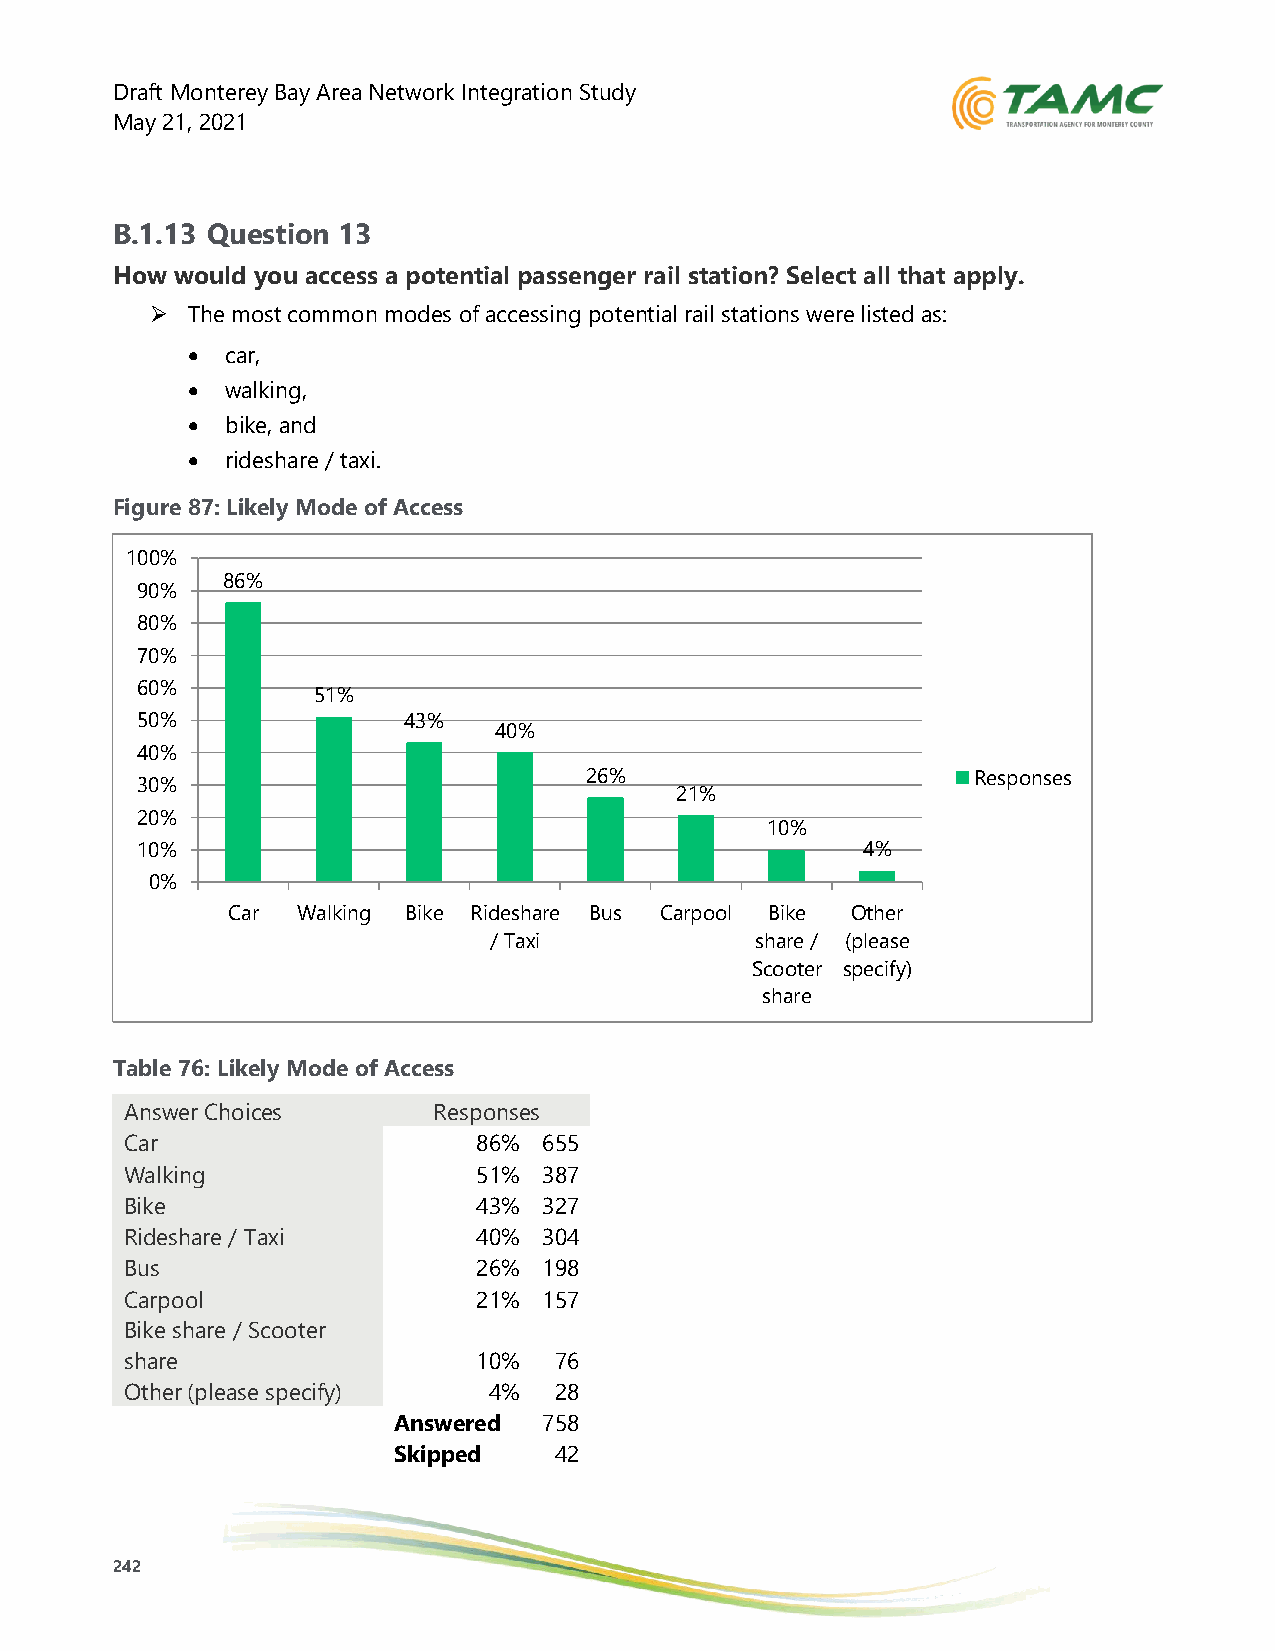
Draft Monterey Bay Area Network Integration Study
 May 21, 2021
 B.1.13 Question 13
 How  would you access a potential passenger rail station? Select all that apply.
 ➢ The most common modes of accessing potential rail stations were listed as:
 •  car,
 •  walking,
 •  bike, and
 •  rideshare / taxi.
 Figure 87: Likely Mode of Access
 100%
 86%
 90%
 80%
 70%
 60%
 51%
 50%               43%
 40%
 40%
 26%                       Responses
 30%
 21%
 20%
 10%
 10%                                             4%
 0%
 Car  Walking Bike Rideshare Bus Carpool Bike Other
 / Taxi            share / (please
 Scooter specify)
 share
 Table 76: Likely Mode of Access
 Answer Choices       Responses
 Car                     86% 655
 Walking                 51% 387
 Bike                    43% 327
 Rideshare / Taxi        40% 304
 Bus                     26% 198
 Carpool                 21% 157
 Bike share / Scooter
 share                   10%  76
 Other (please specify)  4%   28
 Answered  758
 Skipped    42
 242